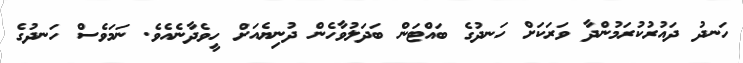
ހަނދު ދައުރުކުރަމުންދާ ވަރަކަށް ހަނދުގެ ބައްޓަން ބަދަލުވާހެން ދުނިޔެއަށް ހީވެދާނެއެވެ. ނަމަވެސް ހަނދުގެ